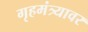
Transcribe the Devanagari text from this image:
गृहमंत्र्यावर